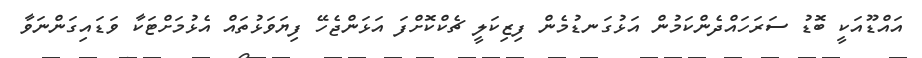
އައްޑޫއަކީ ބޮޑު ސަރަހައްދެންކަމުން އަޅުގަނޑުމެން ފިޒިކަލީ ޗެކްކޮށްފަ އަޅަންޖެހޭ ފިޔަވަޅުތައް އެޅުމަށްޓަކާ ވަޑައިގަންނަވާ